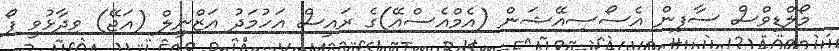
މޯލްޑިވްސް ސާފިން އެސޯސިއޭޝަން (އެމްއެސްއޭ)ގެ ރައީސް އަހުމަދު އަޒްނީލް (އަޖޭ) ވިދާޅުވީ ފޯ